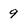
Character: 9